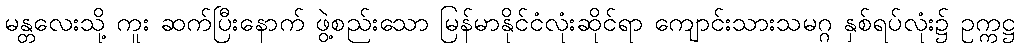
မန္တလေးသို့ ကူး ဆက်ပြီးနောက် ဖွဲ့စည်းသော မြန်မာနိုင်ငံလုံးဆိုင်ရာ ကျောင်းသားသမဂ္ဂ နှစ်ရပ်လုံး၌ ဥက္ကဋ္ဌ